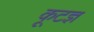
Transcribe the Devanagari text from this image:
कूटज्ञ